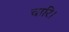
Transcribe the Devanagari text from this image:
चारि।